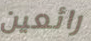
رائعين